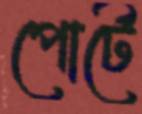
পোর্টে